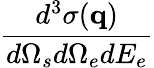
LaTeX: \frac{d^{3}\sigma(\mathbf{q})}{d\Omega_{s}d\Omega_{e}dE_{e}}